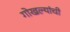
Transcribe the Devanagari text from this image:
गोखल्यांची